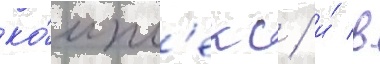
ко́мпл'екс / и́ в